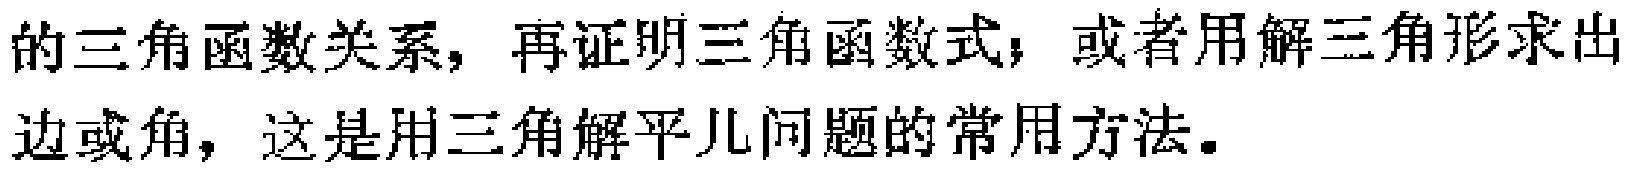
的三角函数关系，再证明三角函数式；或者用解三角形求出边或角，这是用三角解平几问题的常用方法。